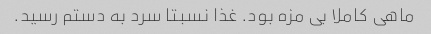
ماهی کاملا بی مزه بود. غذا نسبتا سرد به دستم رسید.